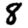
Digit: 8